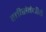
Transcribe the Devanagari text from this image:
हत्तीसंबंधीचे